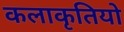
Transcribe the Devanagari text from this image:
कलाकृतियो